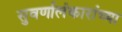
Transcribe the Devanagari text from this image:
सुवर्णालंकारांच्या